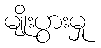
မျိုးပွားမှု